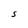
Character: S